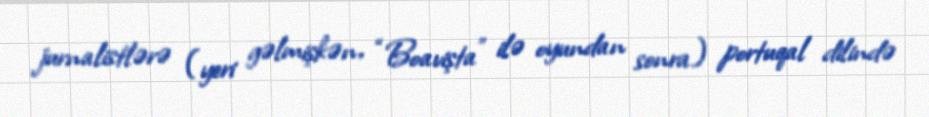
jurnalistlərə (yeri gəlmişkən, “Boavişta” ilə oyundan sonra) portuqal dilində